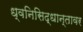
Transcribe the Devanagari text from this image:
ध्वनिसिद्धान्तावर